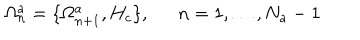
LaTeX: \Omega _ { n } ^ { a } = \{ \Omega _ { n + 1 } ^ { a } , H _ { c } \} , \ \ n = 1 , \ldots , N _ { a } - 1